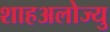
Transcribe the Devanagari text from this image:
शाहअलोज्यु